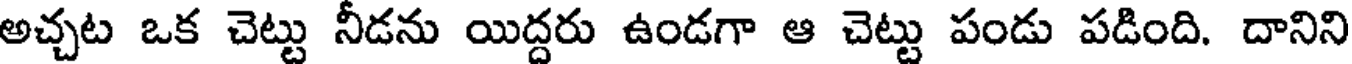
అచ్చట ఒక చెట్టు నీడను యిద్దరు ఉండగా ఆ చెట్టు పండు పడింది. దానిని